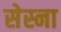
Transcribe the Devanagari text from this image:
सेस्ना